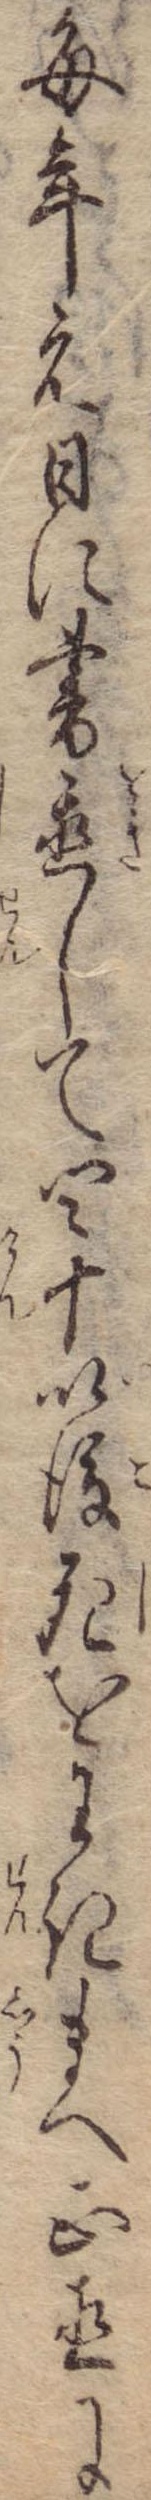
毎年元日に書置して四十以後死をわきまへ正直に